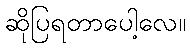
ဆိုပြရတာပေါ့လေ။